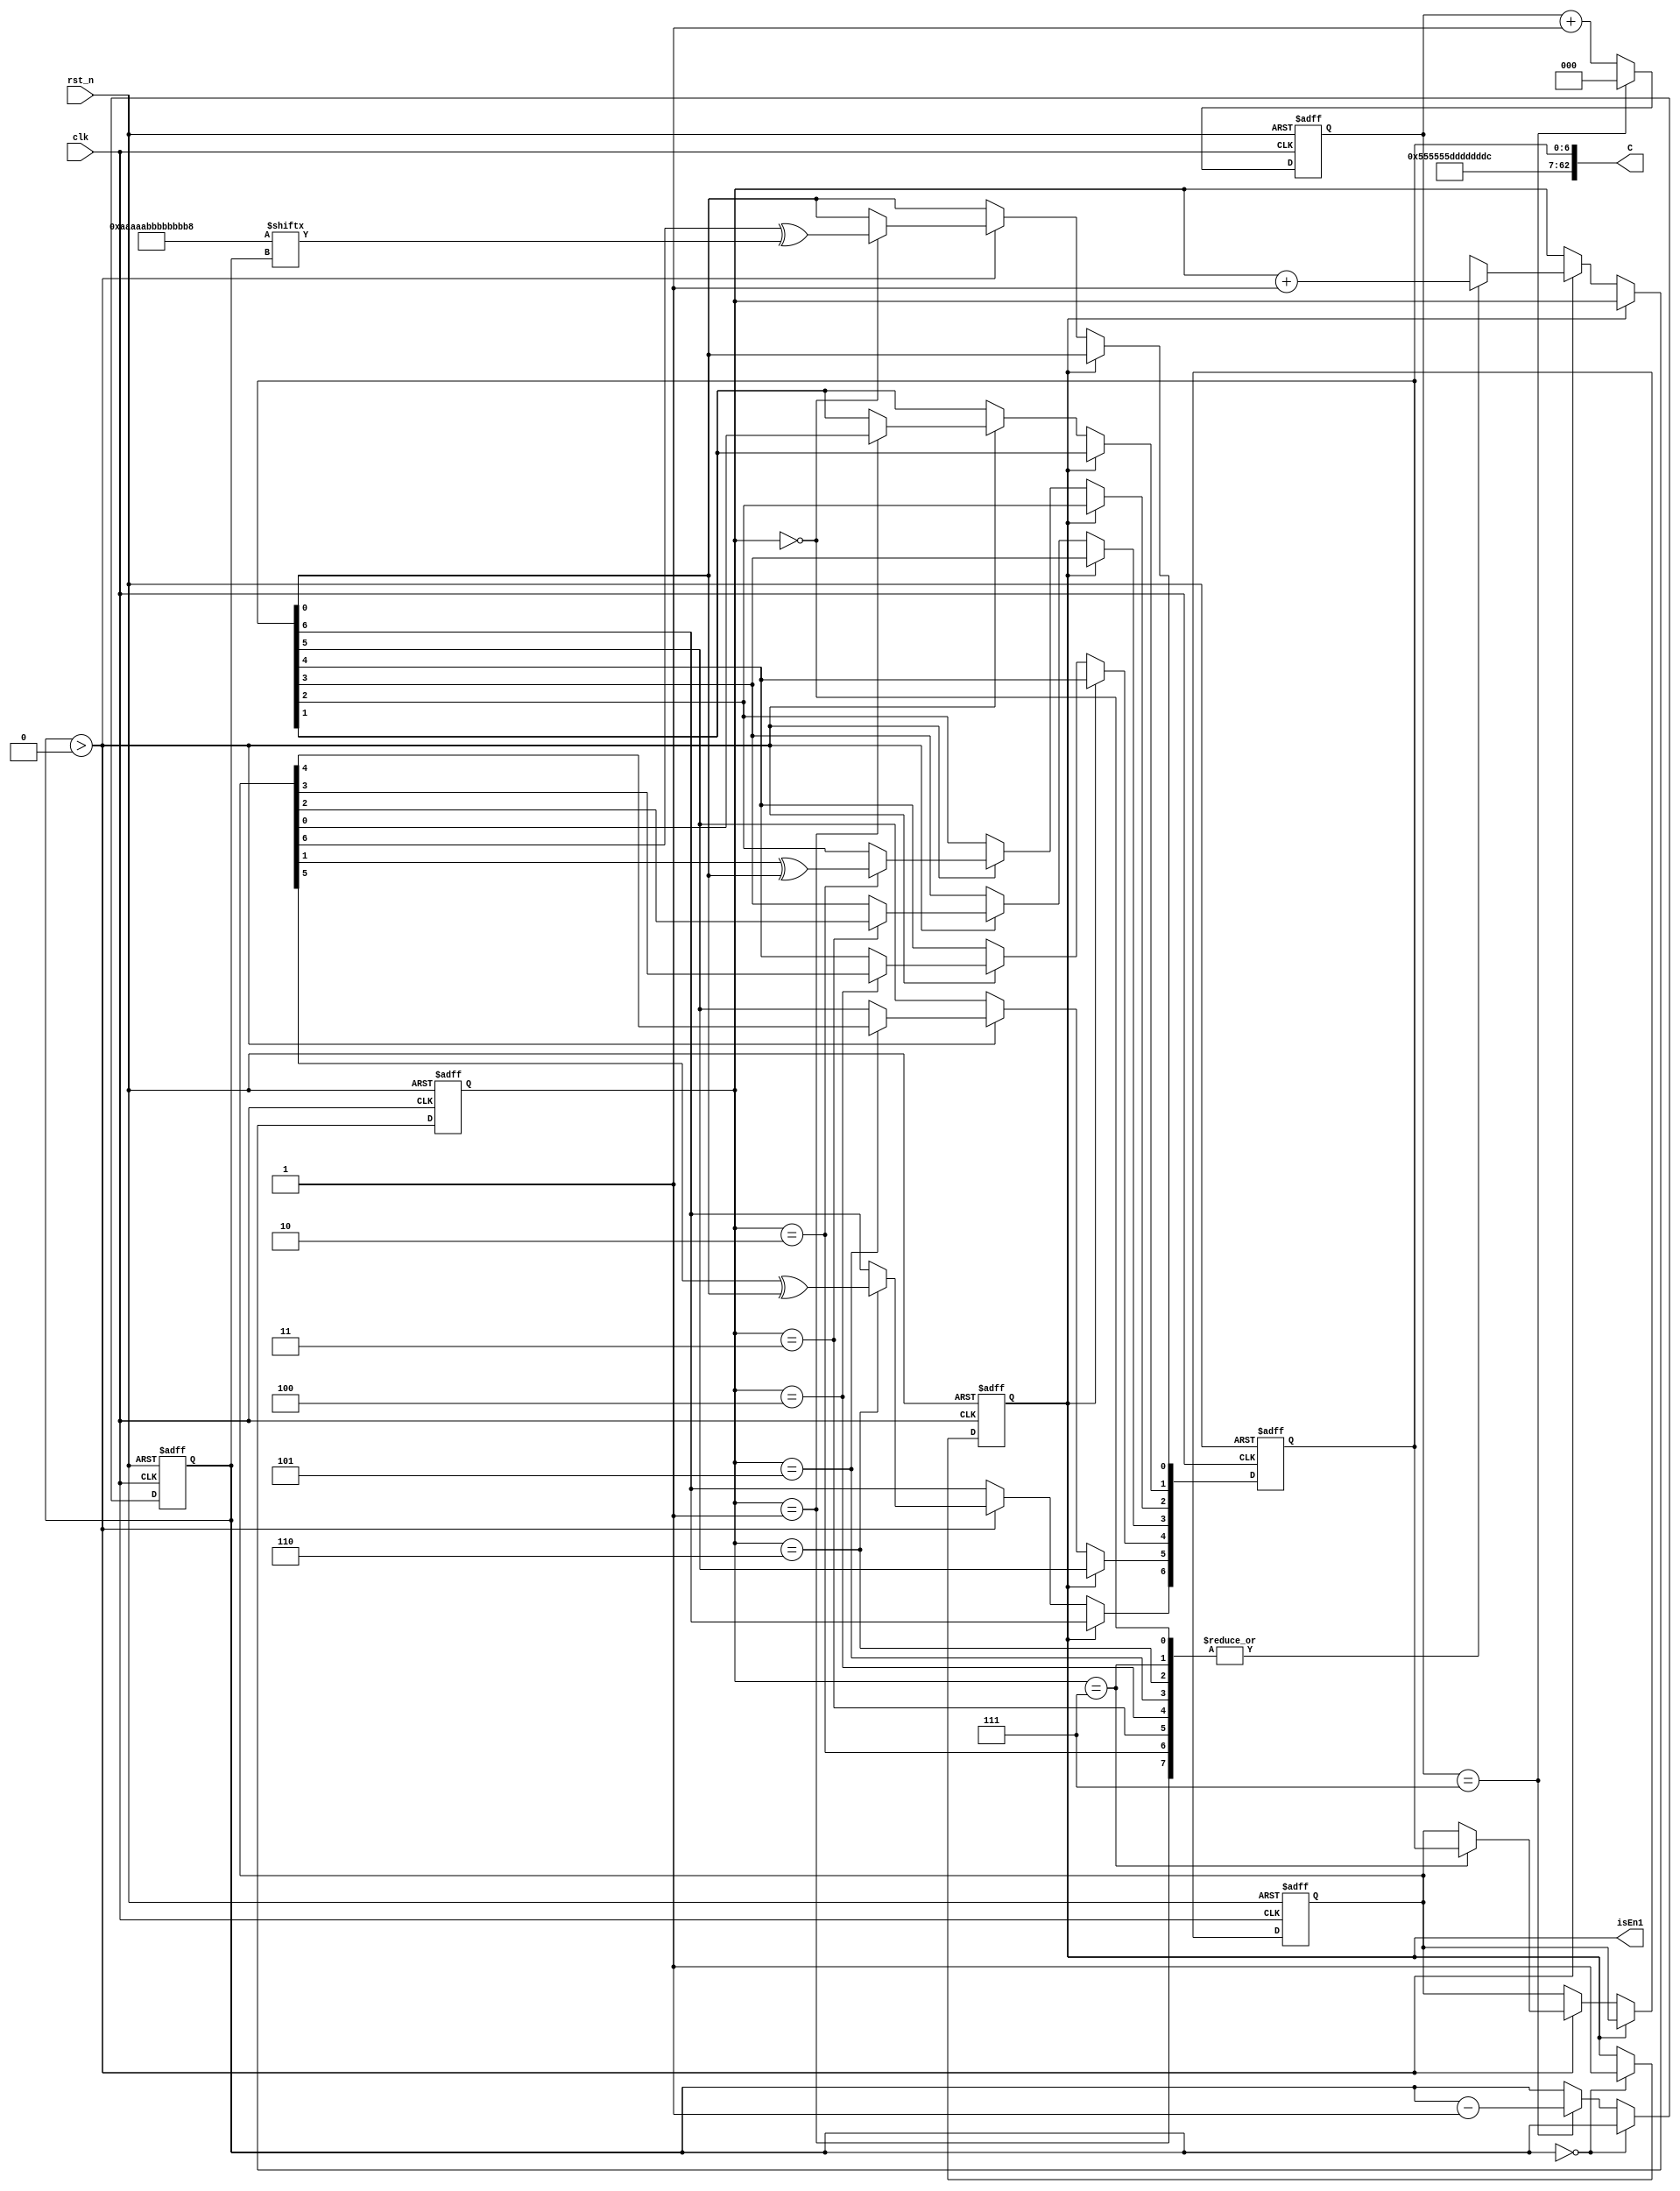
`timescale 1ns / 1ps

module encoder(
             clk,
             rst_n,
             //m,
             C,
             isEn1
             );
  input clk,rst_n;
  //input [31:0] m;
  output [62:0] C;
  output isEn1;
  wire [23:0] a;
  wire [31:0] m;
  assign a=24'b010101010101010101010101;
  assign m=32'b11011101110111011101110111011101;
  wire [56:0] in;
  assign in={a,m,1'b0}; //"in" is the 56-bit input data
  reg [6:0] x; 
  reg [6:0] xp;
  reg [6:0] i;
  reg isEnd1;
  reg [2:0] Pos;
  reg [2:0] count_num;
  
  always@(posedge clk or negedge rst_n) begin
    if(!rst_n) begin
      x<=7'b0; 
      xp<=7'b0;
		Pos<=3'd0;
		end
		else begin
		if(isEnd1==1'b0)begin
		  if (i>7'd0) begin
		  
		    case (Pos)
		    3'd0 : 
			    begin 
				  x[0]<=xp[6]^in[i];
					Pos<=Pos+3'd1;
			    end	
			  
		    3'd1 :
			    begin 
					x[1]<=xp[0];
					Pos<=Pos+3'd1;
			    end			  
			  
		    3'd2 :
			    begin 
					x[2]<=xp[1]^x[0];
					Pos<=Pos+3'd1;
			    end		
			  
		    3'd3 :
			    begin 
					x[3]<=xp[2];
					Pos<=Pos+3'd1;
			    end		
			  
		    3'd4 :
			    begin 
					x[4]<=xp[3];
					Pos<=Pos+3'd1;
			    end		
			  
		    3'd5 :
			    begin 
					x[5]<=xp[4];
					Pos<=Pos+3'd1;
			    end		
			  
		    3'd6 :
			    begin  
			    x[6]<=xp[5]^x[0];
					Pos<=Pos+3'd1;
			    end					
			    
		    3'd7 :
			    begin 
          xp<=x;
					Pos<=Pos+3'd1;
			    end				  
			  endcase
		  
//		      x[0]=xp[6]^in[i];
//        x[1]=xp[0];
//        x[2]=xp[1]^x[0];
//        x[3]=xp[2];
//        x[4]=xp[3];
//        x[5]=xp[4];
//        x[6]=xp[5]^x[0];
//        xp=x;
      end
		end
  end
  end
  
  always@(posedge clk or negedge rst_n) begin
    if (!rst_n) begin
    i <= 7'd56;
    isEnd1 <= 1'b0;
    end
    else begin
      if(i==7'd0)
        isEnd1 <= 1'b1;
      else if(count_num==3'd7)
        i <= i-1'd1;
    end
  end
  
  always@(posedge clk or negedge rst_n)
	  begin
	  if(!rst_n)
		  count_num<=3'd0;
		  else 
			  begin
			  if(count_num==3'd7)
//				  clk_8<=~clk_8;
				  count_num<=3'd0;
			  else 
				  count_num<=count_num+1'd1;

			  end
			end
  
  assign C={in[56:1],x};
  assign isEn1=isEnd1;
endmodule